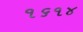
૧૬૧૪